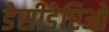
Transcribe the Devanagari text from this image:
डेसीडेरिओ